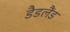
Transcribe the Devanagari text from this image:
डैडलैंड